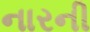
નારની